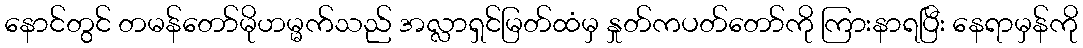
နောင်တွင် တမန်တော်မိုဟမ္မက်သည် အလ္လာရှင်မြတ်ထံမှ နှုတ်ကပတ်တော်ကို ကြားနာရပြီး နေရာမှန်ကို